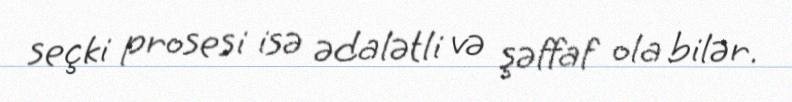
seçki prosesi isə ədalətli və şəffaf ola bilər.